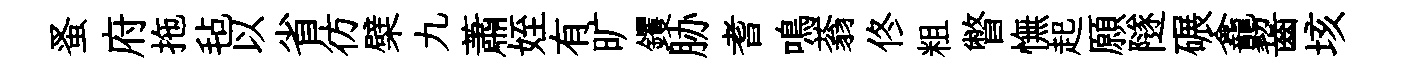
蚤府拖毡以省彷檗九蕭姪有旷钁胁耆鳴蓊佟粗瞥憮起願隧碾龕齧垓